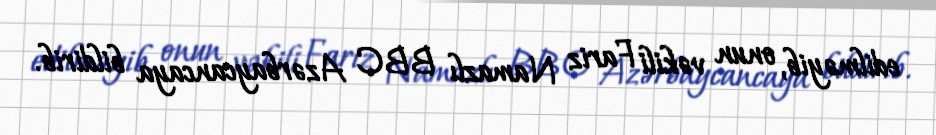
edilməyib, onun vəkili Fariz Namazlı BBC Azərbaycancaya bildirib.